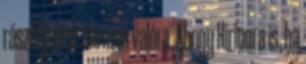
rászálljon az ide nem valóra. Ahogy Hirionra is, ha